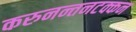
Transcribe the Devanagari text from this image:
करुनन्तनटक्कन